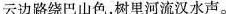
云边路绕巴山色，树里河流汉水声。